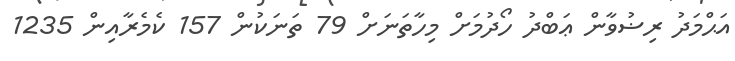
އަޙްމަދު ރިޟުވާން ޢަބްދު ހޯދުމަށް މިހާތަނަށް 79 ތަނަކުން 157 ކެމެރާއިން 1235